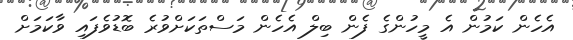
އެހެން ކަމުން އެ މީހުންގެ ފެން ބިލް އެހެން މަސްތަކަށްވުރެ ބޮޑުވެފައި ވާކަމަށް